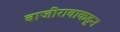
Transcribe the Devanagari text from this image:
बाजीरावाकडून